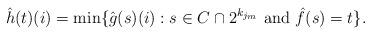
LaTeX: \begin{align*}\hat{h}(t)(i)=\min\{\hat{g}(s)(i): s\in C\cap 2^{k_{j_m}}\mathrm{\ and\ }\hat{f}(s)=t\}.\end{align*}